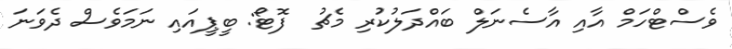
ވެސްޓްހަމް އާއި އާސެނަލް ބައްދަލުކުރި މެޗު  ފޮޓޯ: ބީޕީއައި ނަމަވެސް ދެވަނަ